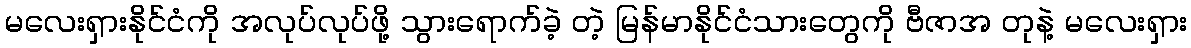
မလေးရှားနိုင်ငံကို အလုပ်လုပ်ဖို့ သွားရောက်ခဲ့ တဲ့ မြန်မာနိုင်ငံသားတွေကို ဗီဇာအ တုနဲ့ မလေးရှား